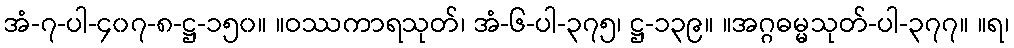
အံ-၇-ပါ-၄၀၇-၈-ဋ္ဌ-၁၅၀။ ။ဝဿကာရသုတ်၊ အံ-၆-ပါ-၃၇၅၊ ဋ္ဌ-၁၃၉။ ။အဂ္ဂဓမ္မသုတ်-ပါ-၃၇၇။ ။ရ၊